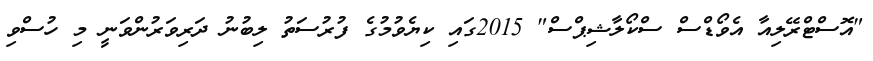
"އޮސްޓްރޭލިއާ އެވޯޑްސް ސްކޯލާޝިޕްސް" 2015ގައި ކިޔެވުމުގެ ފުރުސަތު ލިބުނު ދަރިވަރުންވަނީ މި ހުސްވި